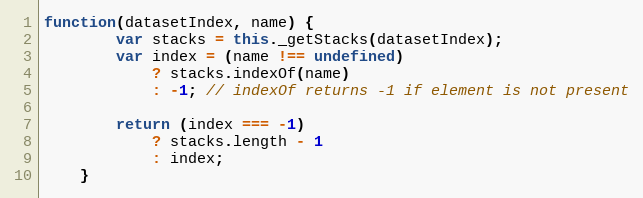
Language: JavaScript
function(datasetIndex, name) {
		var stacks = this._getStacks(datasetIndex);
		var index = (name !== undefined)
			? stacks.indexOf(name)
			: -1; // indexOf returns -1 if element is not present

		return (index === -1)
			? stacks.length - 1
			: index;
	}